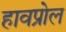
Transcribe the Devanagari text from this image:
हावप्रोल